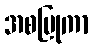
အစပြုကာ